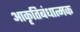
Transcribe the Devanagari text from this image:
आकृतिबंधात्मक